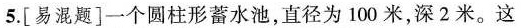
5.[易混题]一个圆柱形蓄水池，直径为100米，深2米。这